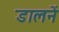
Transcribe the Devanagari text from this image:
डालनें